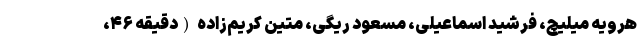
هرویه میلیچ، فرشید اسماعیلی، مسعود ریگی، متین کریم‌زاده (دقیقه ۴۶،